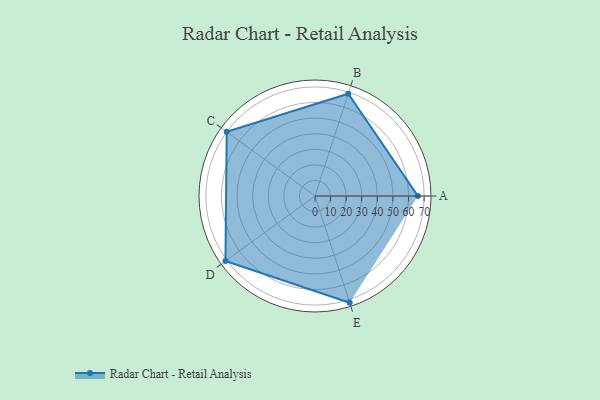
{"axis": {"x": "Skill", "y": "Score"}, "legend": ["Profile"], "data": [{"x": "A", "y": 66.0, "type": "Profile"}, {"x": "B", "y": 69.0, "type": "Profile"}, {"x": "C", "y": 70.0, "type": "Profile"}, {"x": "D", "y": 71.0, "type": "Profile"}, {"x": "E", "y": 72.0, "type": "Profile"}]}